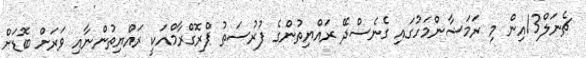
ޗެނަލް13އިން މި ރަމަޟާންމަހުގައި ގެނެސްދޭ ރައްޔިތުންގެ ފުރުސަތު ޕްރޮގްރާމްއަކީ ރައްޔިތުންނާއި ވަރަށް ބޮޑަށް